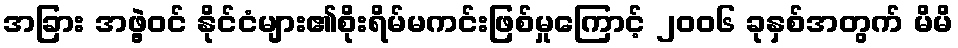
အခြား အဖွဲ့ဝင် နိုင်ငံများ၏စိုးရိမ်မကင်းဖြစ်မှုကြောင့် ၂၀၀၆ ခုနှစ်အတွက် မိမိ